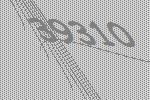
39310